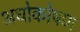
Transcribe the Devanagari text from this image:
अधोकोषण